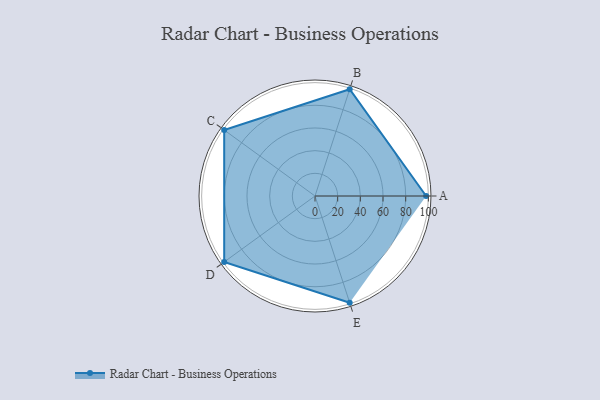
{"axis": {"x": "Skill", "y": "Score"}, "legend": ["Profile"], "data": [{"x": "A", "y": 98.0, "type": "Profile"}, {"x": "B", "y": 99, "type": "Profile"}, {"x": "C", "y": 99, "type": "Profile"}, {"x": "D", "y": 99, "type": "Profile"}, {"x": "E", "y": 99, "type": "Profile"}]}